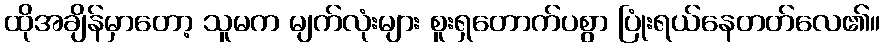
ထိုအချိန်မှာတော့ သူမက မျက်လုံးများ စူးရှတောက်ပစွာ ပြုံးရယ်နေတတ်လေ၏။